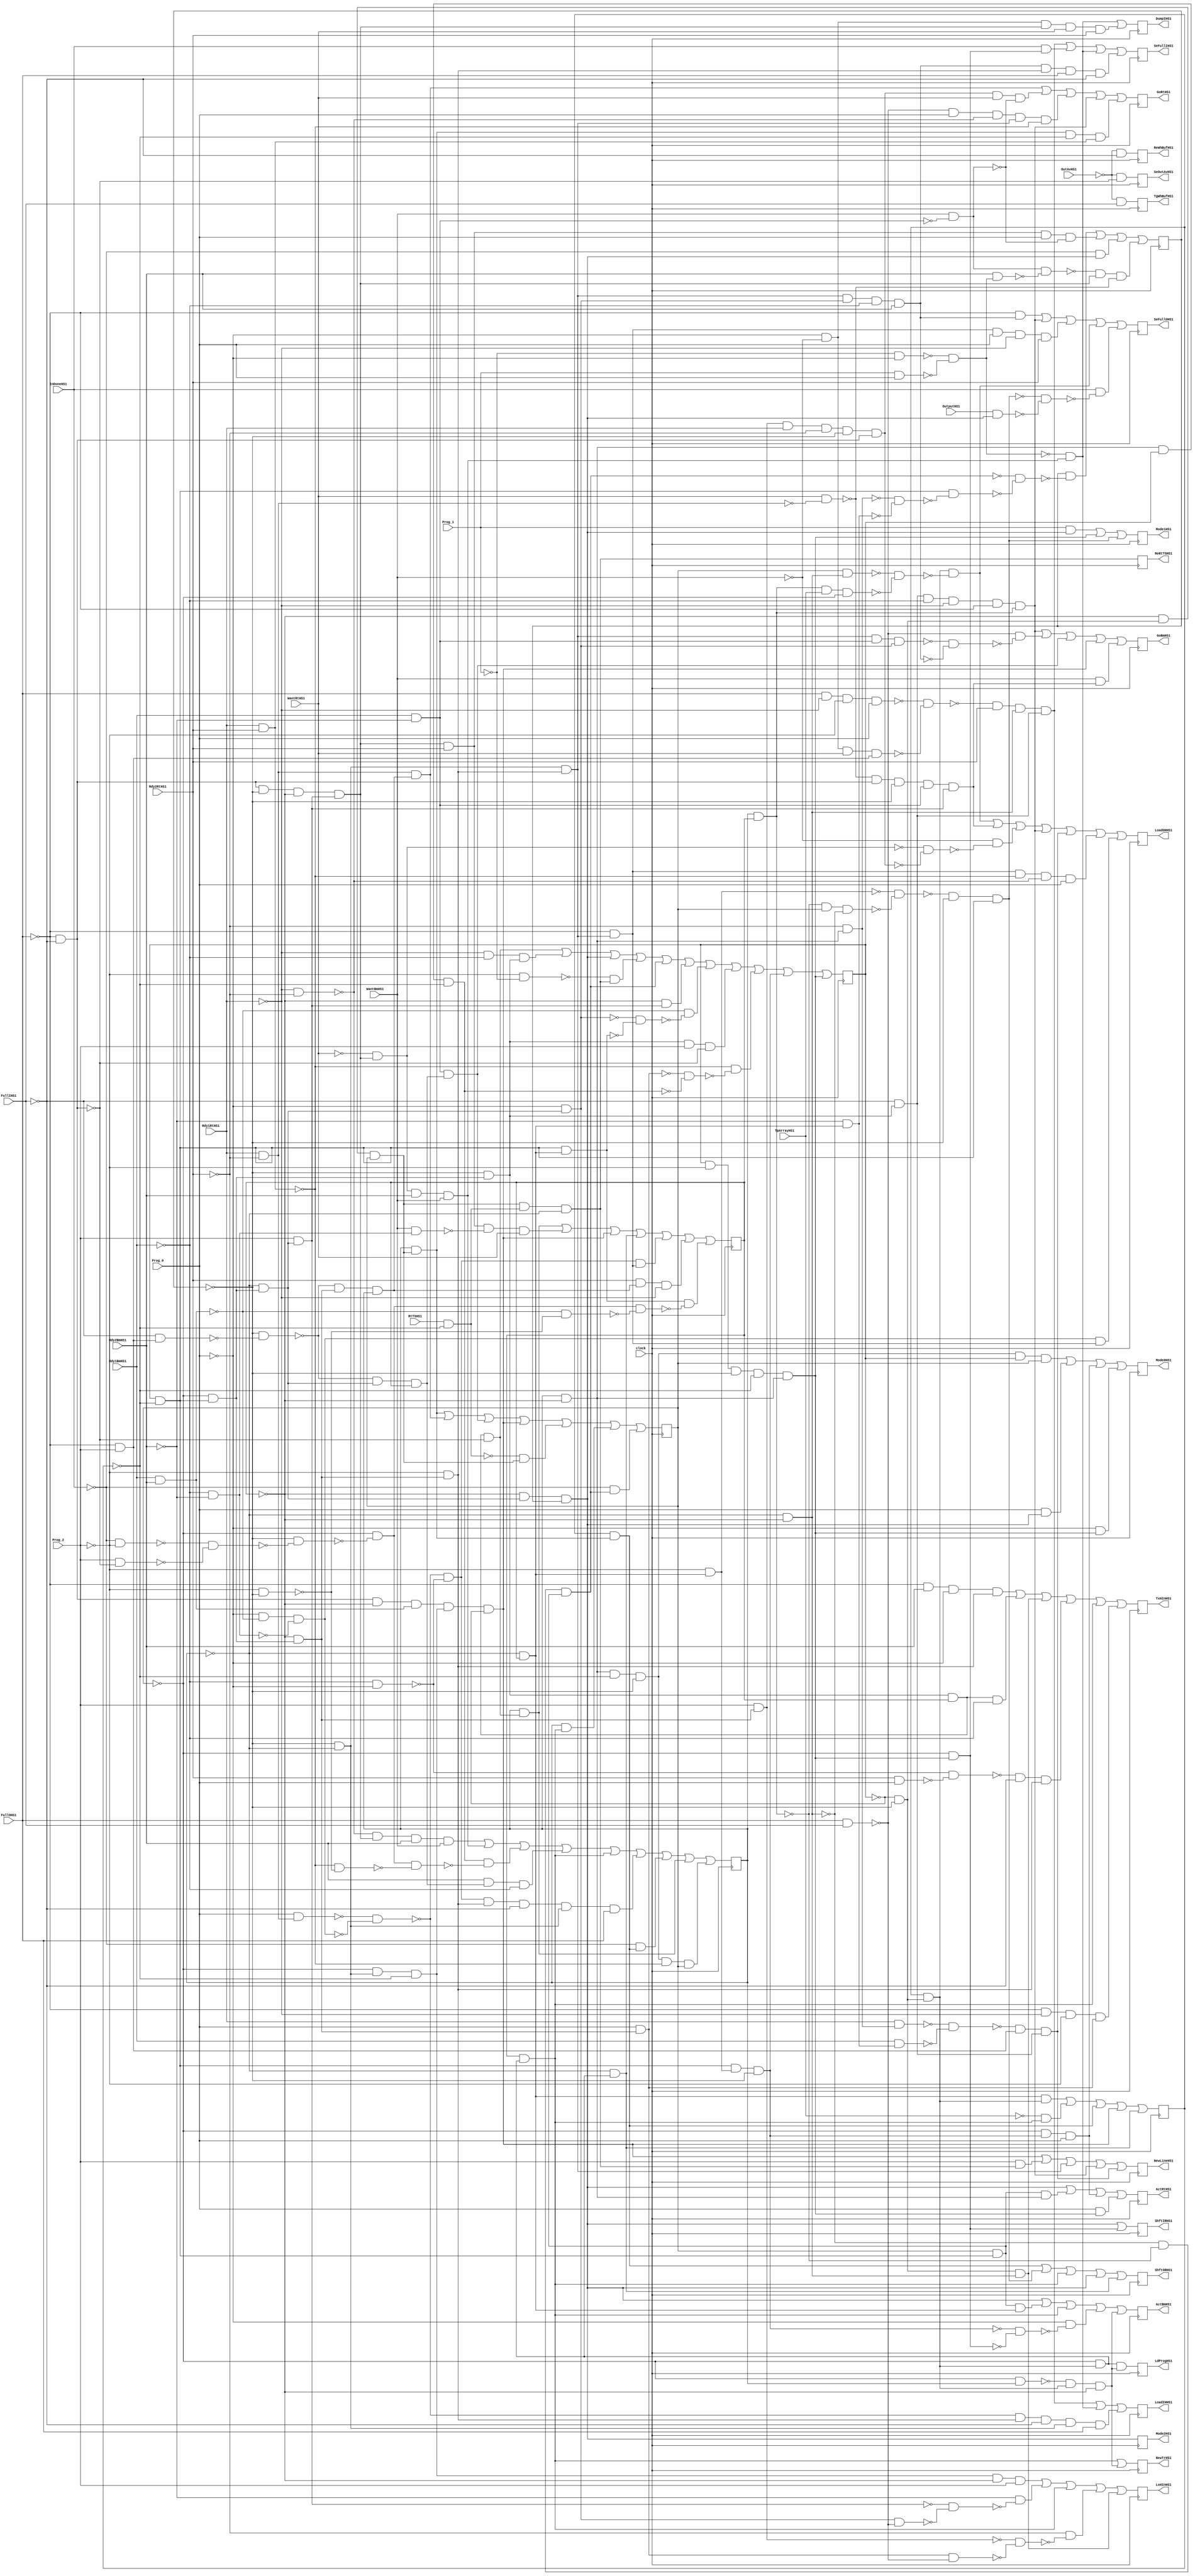
module small_3 ( clock, 
    Rdy1RtHS1, Rdy2RtHS1, Rdy1BmHS1, Rdy2BmHS1, InDoneHS1, RtTSHS1,
    TpArrayHS1, OutputHS1, WantBmHS1, WantRtHS1, OutAvHS1, FullOHS1,
    FullIHS1, Prog_2, Prog_1, Prog_0,
    ReWhBufHS1, TgWhBufHS1, SeOutAvHS1, LdProgHS1, Mode2HS1, ReRtTSHS1,
    ShftIRHS1, NewTrHS1, Mode1HS1, ShftORHS1, ActRtHS1, Mode0HS1, TxHInHS1,
    LxHInHS1, NewLineHS1, ActBmHS1, GoBmHS1, LoadOHHS1, DumpIHS1,
    SeFullOHS1, GoRtHS1, LoadIHHS1, SeFullIHS1  );
  input  clock, Rdy1RtHS1, Rdy2RtHS1, Rdy1BmHS1, Rdy2BmHS1, InDoneHS1, RtTSHS1,
    TpArrayHS1, OutputHS1, WantBmHS1, WantRtHS1, OutAvHS1, FullOHS1,
    FullIHS1, Prog_2, Prog_1, Prog_0;
  output ReWhBufHS1, TgWhBufHS1, SeOutAvHS1, LdProgHS1, Mode2HS1, ReRtTSHS1,
    ShftIRHS1, NewTrHS1, Mode1HS1, ShftORHS1, ActRtHS1, Mode0HS1, TxHInHS1,
    LxHInHS1, NewLineHS1, ActBmHS1, GoBmHS1, LoadOHHS1, DumpIHS1,
    SeFullOHS1, GoRtHS1, LoadIHHS1, SeFullIHS1;
  reg State_5, State_4, State_3, State_2, State_1, State_0, ActRtHS1,
    ActBmHS1, GoRtHS1, GoBmHS1, NewTrHS1, ReRtTSHS1, Mode0HS1, Mode1HS1,
    Mode2HS1, NewLineHS1, ShftORHS1, ShftIRHS1, LxHInHS1, TxHInHS1,
    LoadOHHS1, LoadIHHS1, SeOutAvHS1, SeFullOHS1, SeFullIHS1, TgWhBufHS1,
    ReWhBufHS1, LdProgHS1, DumpIHS1;
  wire n127, n128, n129_1, n130, n131, n132, n134, n135, n136, n138, n139,
    n140, n141_1, n142, n143, n144, n145_1, n146, n147, n148, n149_1, n150,
    n151, n152, n153_1, n154, n155, n156, n157_1, n158, n159, n160, n161_1,
    n162, n163, n165_1, n166, n167, n168, n169_1, n170, n171, n172, n173_1,
    n174, n175, n176, n177_1, n178, n179, n180, n181_1, n182, n183, n185_1,
    n186, n187, n188, n189_1, n190, n191, n192, n193_1, n194, n195, n197_1,
    n198, n199, n200, n201, n202, n203, n204, n205, n206, n208, n209, n210,
    n211, n212, n213, n214, n215, n216, n217, n218, n219, n220, n221, n222,
    n223, n224, n225, n226, n227, n228, n229, n230, n232, n233, n234, n235,
    n236, n237, n238, n239, n240, n242, n243, n244, n246, n247, n248, n249,
    n250, n251, n253, n254, n255, n256, n257, n258, n259, n260, n262, n263,
    n264, n265, n266, n267, n270, n271, n272, n274, n275, n276, n277, n279,
    n280, n281, n282, n283, n287, n288, n289, n290, n291, n292, n293, n294,
    n296, n297, n298, n299, n300, n301, n303, n304, n305, n306, n307, n308,
    n309, n310, n312, n313, n314, n315, n316, n317, n320, n321, n322, n323,
    n324, n326, n327, n332, n79, n84, n89, n94, n99, n104, n109, n113,
    n117, n121, n125, n129, n133, n137, n141, n145, n149, n153, n157, n161,
    n165, n169, n173, n177, n181, n185, n189, n193, n197;
  assign n79 = n127 | n132 | n141 | n135 | n141_1 | n145_1 | n147 | n153_1 | n154 | n161_1 | n163;
  assign n127 = n129_1 & State_0 & ~n128;
  assign n128 = ~FullOHS1 & ~FullIHS1;
  assign n129_1 = ~State_4 & n130;
  assign n130 = ~State_2 & n131;
  assign n131 = State_5 & ~State_3;
  assign n132 = ~Rdy1RtHS1 & ~Rdy1BmHS1 & n129_1;
  assign n141 = ~State_0 & n134 & State_4;
  assign n134 = ~State_1 & n130;
  assign n135 = ~n136 & n129;
  assign n136 = ~Prog_2 & ~Prog_1;
  assign n129 = n139 & n138 & ~State_1;
  assign n138 = RtTSHS1 & ~State_3;
  assign n139 = ~State_0 & n140 & State_2;
  assign n140 = ~State_5 & ~State_4;
  assign n141_1 = ~n142 & ~n143 & n144;
  assign n142 = ~State_1 & ~State_0;
  assign n143 = State_1 & State_0;
  assign n144 = State_2 & n131;
  assign n145_1 = ~State_0 & n146;
  assign n146 = Prog_2 & n134;
  assign n147 = ~n148 & ~n149_1;
  assign n148 = Rdy1BmHS1 & Rdy2BmHS1;
  assign n149_1 = ~n150 & ~n151;
  assign n150 = ~Prog_0 & n134;
  assign n151 = n131 & n152;
  assign n152 = ~State_1 & State_0;
  assign n153_1 = n129_1 & Prog_2 & ~n128;
  assign n154 = ~n155 & ~n156;
  assign n155 = Rdy1RtHS1 & Rdy2RtHS1;
  assign n156 = ~n157_1 & ~n159;
  assign n157_1 = Prog_0 & n158;
  assign n158 = ~State_0 & n130;
  assign n159 = n160 & State_5 & ~State_3;
  assign n160 = State_1 & ~State_0;
  assign n161_1 = n131 & n162 & ~State_4;
  assign n162 = ~Prog_2 & n152;
  assign n163 = State_5 & ~Prog_2 & ~State_4 & ~State_3 & n160;
  assign n84 = n165_1 | n171 | n175 | n176;
  assign n165_1 = State_4 & ~n166;
  assign n166 = ~n141_1 & ~n167;
  assign n167 = n131 & ~n168;
  assign n168 = ~n169_1 & ~n170;
  assign n169_1 = ~Rdy2RtHS1 & n160;
  assign n170 = ~Rdy2BmHS1 & n152;
  assign n171 = n174 & Rdy2RtHS1 & Prog_0 & ~n172;
  assign n172 = WantBmHS1 & ~n173_1;
  assign n173_1 = Rdy1BmHS1 & ~Rdy2BmHS1;
  assign n174 = n128 & ~State_4 & ~State_0 & n146;
  assign n175 = ~InDoneHS1 & n141;
  assign n176 = ~n179 & n174 & ~n177_1;
  assign n177_1 = WantRtHS1 & ~n178;
  assign n178 = Rdy1RtHS1 & ~Rdy2RtHS1;
  assign n179 = n172 & ~n180;
  assign n180 = Rdy2BmHS1 & n181_1;
  assign n181_1 = ~n182 & ~n183;
  assign n182 = ~Prog_1 & ~Prog_0;
  assign n183 = Prog_1 & Prog_0;
  assign n89 = n185_1 | n187 | n190 | n192 | n195;
  assign n185_1 = n152 & n186;
  assign n186 = State_3 & n140;
  assign n187 = ~TpArrayHS1 & n188;
  assign n188 = State_0 & n189_1;
  assign n189_1 = ~State_2 & n186;
  assign n190 = State_3 & n191;
  assign n191 = State_1 & n139;
  assign n192 = n128 & ~State_0 & n148 & n193_1 & ~State_5;
  assign n193_1 = ~State_2 & n194 & ~State_3;
  assign n194 = ~State_4 & ~State_1;
  assign n195 = ~State_1 & n189_1;
  assign n94 = n191 | n197_1 | n202 | n192 | n204 | n205 | n206;
  assign n197_1 = n178 & n198;
  assign n198 = ~n199 & n158 & State_1;
  assign n199 = ~State_4 & ~n200;
  assign n200 = ~FullIHS1 & n201;
  assign n201 = ~FullOHS1 & Prog_2;
  assign n202 = n173_1 & n203;
  assign n203 = ~n199 & n134 & State_0;
  assign n204 = ~n138 & n139;
  assign n205 = State_1 & n188;
  assign n206 = ~InDoneHS1 & n141_1;
  assign n99 = n208 | n210 | n212 | n220 | n188 | n221 | n228 | n229 | n230;
  assign n208 = ~n209 & n174 & Rdy2BmHS1 & WantBmHS1;
  assign n209 = ~Rdy1RtHS1 & ~Rdy2RtHS1;
  assign n210 = n211 & Rdy2BmHS1 & WantBmHS1;
  assign n211 = ~WantRtHS1 & n174;
  assign n212 = n159 & ~n213;
  assign n213 = ~State_2 & ~n214 & ~n218;
  assign n214 = ~State_4 & ~n215;
  assign n215 = ~n216 & ~n217;
  assign n216 = ~InDoneHS1 & ~Prog_2;
  assign n217 = Prog_2 & ~n128;
  assign n218 = ~n155 & ~n219;
  assign n219 = ~Prog_2 & ~State_4;
  assign n220 = Rdy2BmHS1 & n203 & ~Rdy1BmHS1;
  assign n221 = ~n224 & ~n223 & n222 & ~FullIHS1 & n194 & FullOHS1;
  assign n222 = ~Prog_2 & n158;
  assign n223 = ~Rdy1BmHS1 & ~Prog_0;
  assign n224 = ~n225 & ~n226;
  assign n225 = Prog_0 & n178;
  assign n226 = ~Prog_0 & ~n148 & ~n227;
  assign n227 = ~Rdy1BmHS1 & ~Rdy2BmHS1;
  assign n228 = ~InDoneHS1 & n190;
  assign n229 = State_1 & n127;
  assign n230 = n160 & ~State_3 & ~State_4 & ~n155 & State_2;
  assign n104 = n229 | n232 | n192 | n195 | n234 | n237 | n238;
  assign n232 = n174 & Rdy2RtHS1 & ~n233 & WantRtHS1;
  assign n233 = WantBmHS1 & n227;
  assign n234 = ~n223 & ~n224 & n235;
  assign n235 = ~FullOHS1 & n236;
  assign n236 = n194 & n222;
  assign n237 = Rdy2RtHS1 & n198 & ~Rdy1RtHS1;
  assign n238 = n151 & ~n239;
  assign n239 = ~State_2 & ~n214 & ~n240;
  assign n240 = ~n148 & ~n219;
  assign n109 = n141 | n242 | n243 | n244;
  assign n242 = n144 & n160;
  assign n243 = ~State_2 & n161_1 & Prog_0;
  assign n244 = Prog_0 & n163;
  assign n113 = n141 | n246 | n188 | n247 | n250;
  assign n246 = n144 & n152;
  assign n247 = ~Prog_0 & ~n248;
  assign n248 = ~n161_1 & ~n249;
  assign n249 = ~State_2 & n163;
  assign n250 = ~n251 & n186 & ~State_0;
  assign n251 = ~State_2 & State_1;
  assign n117 = n197_1 | n253 | n256 | n258 | n260;
  assign n253 = n254 & WantRtHS1 & ~n172;
  assign n254 = n255 & Rdy1RtHS1 & ~Rdy2RtHS1 & ~State_4 & n128;
  assign n255 = Prog_2 & n158;
  assign n256 = ~n257 & Prog_0 & ~n209 & n236 & ~n155;
  assign n257 = FullOHS1 & FullIHS1;
  assign n258 = n259 & ~Rdy1BmHS1 & ~Rdy1RtHS1 & ~FullOHS1 & n143;
  assign n259 = ~FullIHS1 & n129_1;
  assign n260 = n191 & ~State_3 & n155;
  assign n121 = n258 | n262 | n202 | n192 | n266;
  assign n262 = ~n257 & ~n263;
  assign n263 = ~n264 & ~n265;
  assign n264 = n236 & n173_1 & n150;
  assign n265 = n236 & n150 & ~Rdy1BmHS1 & Rdy2BmHS1;
  assign n266 = WantBmHS1 & n267;
  assign n267 = ~n177_1 & n128 & ~State_4 & n173_1 & n146;
  assign n125 = n188 | n250;
  assign n133 = n270 | n271 | n243 | n272;
  assign n270 = n160 & ~State_3 & ~State_4 & State_5 & State_2;
  assign n271 = Prog_0 & n141;
  assign n272 = ~Prog_0 & n163;
  assign n137 = n274 | n163 | n275;
  assign n274 = Prog_1 & n141;
  assign n275 = ~n276 & ~State_4 & n131;
  assign n276 = ~n162 & ~n277;
  assign n277 = ~n143 & State_2 & ~n142;
  assign n145 = n192 | n279 | n236 | n258 | n280;
  assign n279 = Prog_2 & n129;
  assign n280 = ~n281 & n201 & n259;
  assign n281 = ~n282 & ~n283;
  assign n282 = Rdy1RtHS1 & n169_1;
  assign n283 = Rdy1BmHS1 & n170;
  assign n149 = n190 | n275 | n188 | n141 | n195;
  assign n153 = n141 | n249;
  assign n157 = n287 | n288 | n188 | n291 | n294;
  assign n287 = n193_1 & ~State_0 & Prog_2;
  assign n288 = ~Rdy2BmHS1 & ~n289;
  assign n289 = ~n146 & ~n290;
  assign n290 = n150 & ~n257;
  assign n291 = ~Rdy2RtHS1 & ~n292;
  assign n292 = ~n255 & ~n293;
  assign n293 = n157_1 & ~n257;
  assign n294 = n140 & n142;
  assign n161 = n296 | n297 | n294 | n298 | n188 | n301;
  assign n296 = ~FullOHS1 & Rdy2BmHS1 & ~Prog_0 & n222;
  assign n297 = n129_1 & State_0 & ~Rdy1BmHS1;
  assign n298 = ~n299 & ~FullIHS1 & n222;
  assign n299 = ~n223 & ~n300;
  assign n300 = Rdy2RtHS1 & Prog_0;
  assign n301 = ~FullOHS1 & ~Rdy1RtHS1 & ~Prog_2 & n157_1;
  assign n165 = n303 | n267 | n307 | n258 | n280 | n309 | n310;
  assign n303 = n186 & ~n304;
  assign n304 = ~n305 & ~n306;
  assign n305 = State_2 & n142;
  assign n306 = n143 & TpArrayHS1 & ~State_2;
  assign n307 = ~WantBmHS1 & ~n308;
  assign n308 = ~n211 & ~n254;
  assign n309 = n235 & ~n155 & ~n209 & Prog_0;
  assign n310 = n226 & n235;
  assign n169 = n312 | n316 | n317;
  assign n312 = ~n313 & Rdy2RtHS1 & n142 & n259;
  assign n313 = ~n314 & ~n315;
  assign n314 = FullOHS1 & ~Rdy1RtHS1 & ~Prog_2 & Prog_0;
  assign n315 = ~Prog_0 & ~WantBmHS1 & WantRtHS1 & n201;
  assign n316 = ~n181_1 & n210;
  assign n317 = ~n224 & n222 & ~FullIHS1 & n194 & FullOHS1;
  assign n173 = ~OutAvHS1 & ~n128;
  assign n177 = n320 | n258 | n321 | n303 | n322;
  assign n320 = ~FullOHS1 & n265;
  assign n321 = n235 & Prog_0 & ~Rdy1RtHS1 & Rdy2RtHS1;
  assign n322 = InDoneHS1 & ~n323;
  assign n323 = ~n275 & ~n324;
  assign n324 = OutputHS1 & n141;
  assign n181 = n312 | n326 | n316 | n327;
  assign n326 = InDoneHS1 & n249;
  assign n327 = n265 & n222 & FullOHS1 & ~FullIHS1;
  assign n185 = ~OutAvHS1 & FullIHS1;
  assign n189 = ~OutAvHS1 & ~FullIHS1;
  assign n193 = n189_1 & n250;
  assign n197 = n316 | n332;
  assign n332 = ~Prog_0 & ~WantBmHS1 & n174 & WantRtHS1 & Rdy2RtHS1;
  always @ (posedge clock) begin
    State_5 <= n79;
    State_4 <= n84;
    State_3 <= n89;
    State_2 <= n94;
    State_1 <= n99;
    State_0 <= n104;
    ActRtHS1 <= n109;
    ActBmHS1 <= n113;
    GoRtHS1 <= n117;
    GoBmHS1 <= n121;
    NewTrHS1 <= n125;
    ReRtTSHS1 <= n129;
    Mode0HS1 <= n133;
    Mode1HS1 <= n137;
    Mode2HS1 <= n141;
    NewLineHS1 <= n145;
    ShftORHS1 <= n149;
    ShftIRHS1 <= n153;
    LxHInHS1 <= n157;
    TxHInHS1 <= n161;
    LoadOHHS1 <= n165;
    LoadIHHS1 <= n169;
    SeOutAvHS1 <= n173;
    SeFullOHS1 <= n177;
    SeFullIHS1 <= n181;
    TgWhBufHS1 <= n185;
    ReWhBufHS1 <= n189;
    LdProgHS1 <= n193;
    DumpIHS1 <= n197;
  end
endmodule